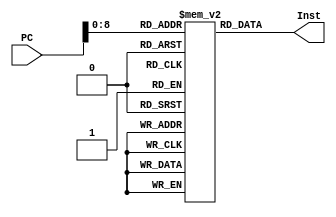
module InstructMem(PC,Inst);
  input [31:0] PC;
  output [31:0] Inst;
  reg [31:0] regfile[511:0];//32 32-bit register
  assign Inst = regfile[PC]; //assigns output to instruction endmodule
endmodule